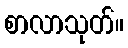
စာလာသုတ်။